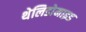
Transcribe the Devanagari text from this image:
थेलिडोमाइड